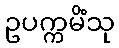
ဥပက္ကမိံသု